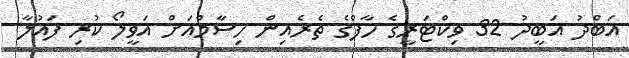
އަބްދު އަބީދު 32 ވިކްޓަރީގެ ހާފްގެ ތެރެއިން ހިސާމްއަށް އަވީލޯ ކުރި ފައުލާ